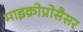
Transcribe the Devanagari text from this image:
माइक्रोप्रोसैसर